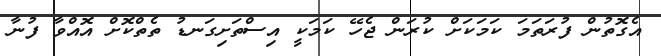
އެގޮތުން ފުރަތަމަ ކަމަކަށް ކުރަން ޖެހޭ ކަމަކީ އިސްތަށިގަނޑު ތެތްކޮށް އޮއްވާ ފުނާ